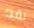
لقد